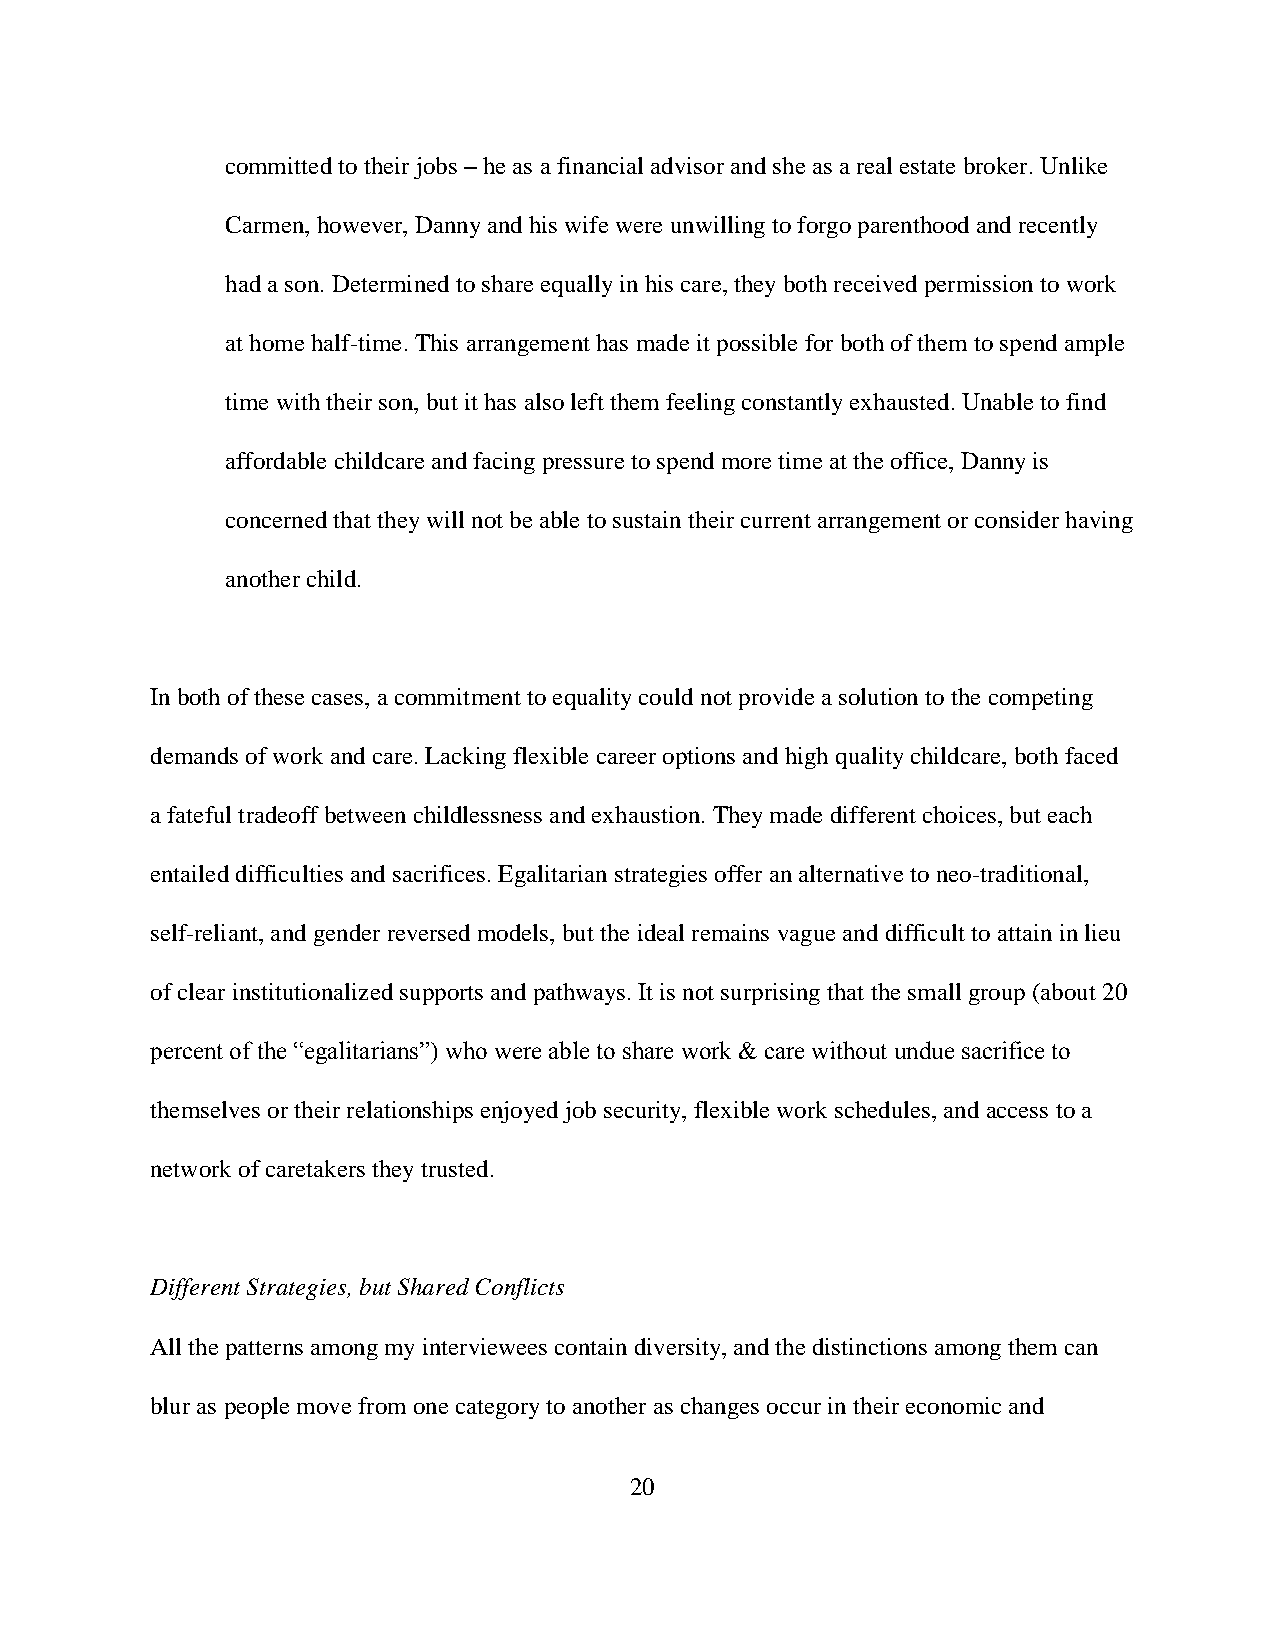
committed to their jobs – he as a financial advisor and she as a real estate broker. Unlike
 Carmen, however, Danny and his wife were unwilling to forgo parenthood and recently
 had a son. Determined to share equally in his care, they both received permission to work
 at home half-time. This arrangement has made it possible for both of them to spend ample
 time with their son, but it has also left them feeling constantly exhausted. Unable to find
 affordable childcare and facing pressure to spend more time at the office, Danny is
 concerned that they will not be able to sustain their current arrangement or consider having
 another child.
 In both of these cases, a commitment to equality could not provide a solution to the competing
 demands of work and care. Lacking flexible career options and high quality childcare, both faced
 a fateful tradeoff between childlessness and exhaustion. They made different choices, but each
 entailed difficulties and sacrifices. Egalitarian strategies offer an alternative to neo-traditional,
 self-reliant, and gender reversed models, but the ideal remains vague and difficult to attain in lieu
 of clear institutionalized supports and pathways. It is not surprising that the small group (about 20
 percent of the “egalitarians”) who were able to share work & care without undue sacrifice to
 themselves or their relationships enjoyed job security, flexible work schedules, and access to a
 network of caretakers they trusted.
 Different Strategies, but Shared Conflicts
 All the patterns among my interviewees contain diversity, and the distinctions among them can
 blur as people move from one category to another as changes occur in their economic and
 20